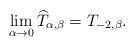
LaTeX: \begin{align*}\lim_{\alpha\rightarrow0}\widehat{T}_{\alpha,\beta}=T_{-2,\beta}.\end{align*}